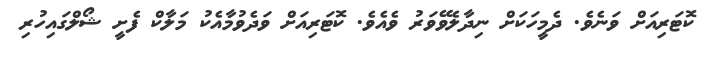
ކޮޓަރިއަށް ވަނެވެ. ދެމީހަކަށް ނިދާލެވޭވަރު ވެއެވެ. ކޮޓަރިއަށް ވަދެވުމާއެކު މަލާކް ފެށީ ޝޯލްގައިހުރި